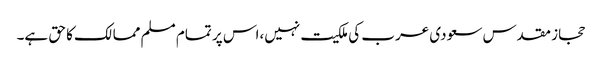
حجاز مقدس سعودی عرب کی ملکیت نہیں،اس پر تمام مسلم ممالک کا حق ہے۔